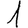
Digit: 1